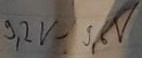
Text: 9,2V-9,6V